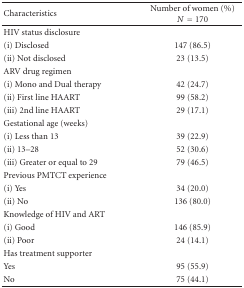
<table><thead><tr><td><b>Characteristics</b></td><td><b>Number of women (%) <i>N</i> = 170</b></td></tr></thead><tbody><tr><td>HIV status disclosure</td><td></td></tr><tr><td>(i) Disclosed</td><td>147 (86.5)</td></tr><tr><td>(ii) Not disclosed</td><td>23 (13.5)</td></tr><tr><td>ARV drug regimen</td><td></td></tr><tr><td>(i) Mono and Dual therapy</td><td>42 (24.7)</td></tr><tr><td>(ii) First line HAART</td><td>99 (58.2)</td></tr><tr><td>(iii) 2nd line HAART</td><td>29 (17.1)</td></tr><tr><td>Gestational age (weeks)</td><td></td></tr><tr><td>(i) Less than 13</td><td>39 (22.9)</td></tr><tr><td>(ii) 13–28</td><td>52 (30.6)</td></tr><tr><td>(iii) Greater or equal to 29</td><td>79 (46.5)</td></tr><tr><td>Previous PMTCT experience</td><td></td></tr><tr><td>(i) Yes</td><td>34 (20.0)</td></tr><tr><td>(ii) No</td><td>136 (80.0)</td></tr><tr><td>Knowledge of HIV and ART</td><td></td></tr><tr><td>(i) Good</td><td>146 (85.9)</td></tr><tr><td>(ii) Poor</td><td>24 (14.1)</td></tr><tr><td>Has treatment supporter</td><td></td></tr><tr><td>Yes</td><td>95 (55.9)</td></tr><tr><td>No</td><td>75 (44.1)</td></tr></tbody></table>